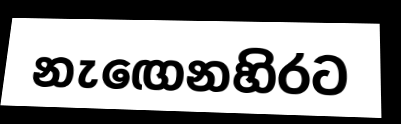
නැඟෙනහිරට